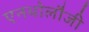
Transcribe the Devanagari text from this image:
एनथोलौजी